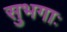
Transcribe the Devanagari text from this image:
सुभगाः